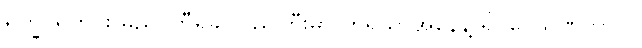
ရက္ခပူရတိုင်း ဓညဝတီရခိုင်ပြည်ကြီးမှာ တူရိယာအနေနဲ့ ရှိပဝေသဏိကာလ